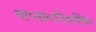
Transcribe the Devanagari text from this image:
भा०सं०नि०लि०